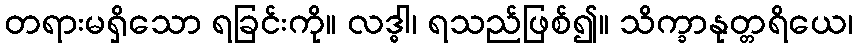
တရားမရှိသော ရခြင်းကို။ လဒ္ဓါ၊ ရသည်ဖြစ်၍။ သိက္ခာနုတ္တရိယေ၊